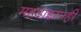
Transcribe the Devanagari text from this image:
महदाइसाही